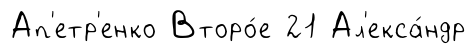
Ап'етр'енко Второ́е 21 Ал'екса́ндр